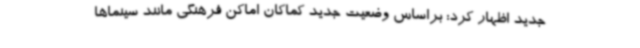
جدید اظهار کرد: براساس وضعیت جدید کماکان اماکن فرهنگی مانند سینماها